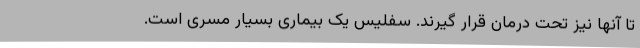
تا آنها نیز تحت درمان قرار گیرند. سفلیس یک بیماری بسیار مسری است.